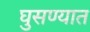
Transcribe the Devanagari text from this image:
घुसण्यात